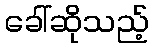
ခေါ်ဆိုသည့်